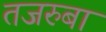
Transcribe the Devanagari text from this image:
तजरुबा